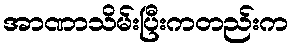
အာဏာသိမ်းပြီးကတည်းက